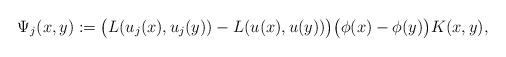
LaTeX: \begin{align*}\Psi_{j}(x,y) := \big( L(u_j(x),u_j(y)) - L(u(x),u(y)) \big) \big( \phi(x) - \phi(y) \big) K(x,y),\end{align*}